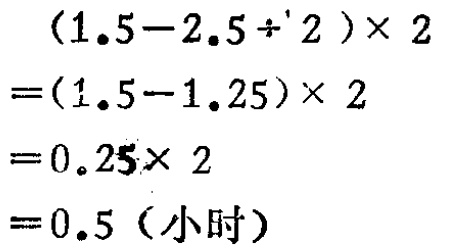
\[(1.5 - 2.5\div2)\times2\]
\[=(1.5 - 1.25)\times2\]
\[=0.25\times2\]
\[= 0.5 \text{（小时）}\]